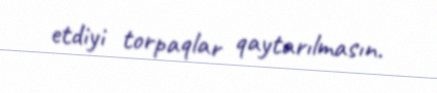
etdiyi torpaqlar qaytarılmasın.